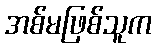
အစ်မဖြစ်သူက